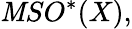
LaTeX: \mathit{M}SO^{*}(X),